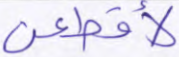
لأقطعن